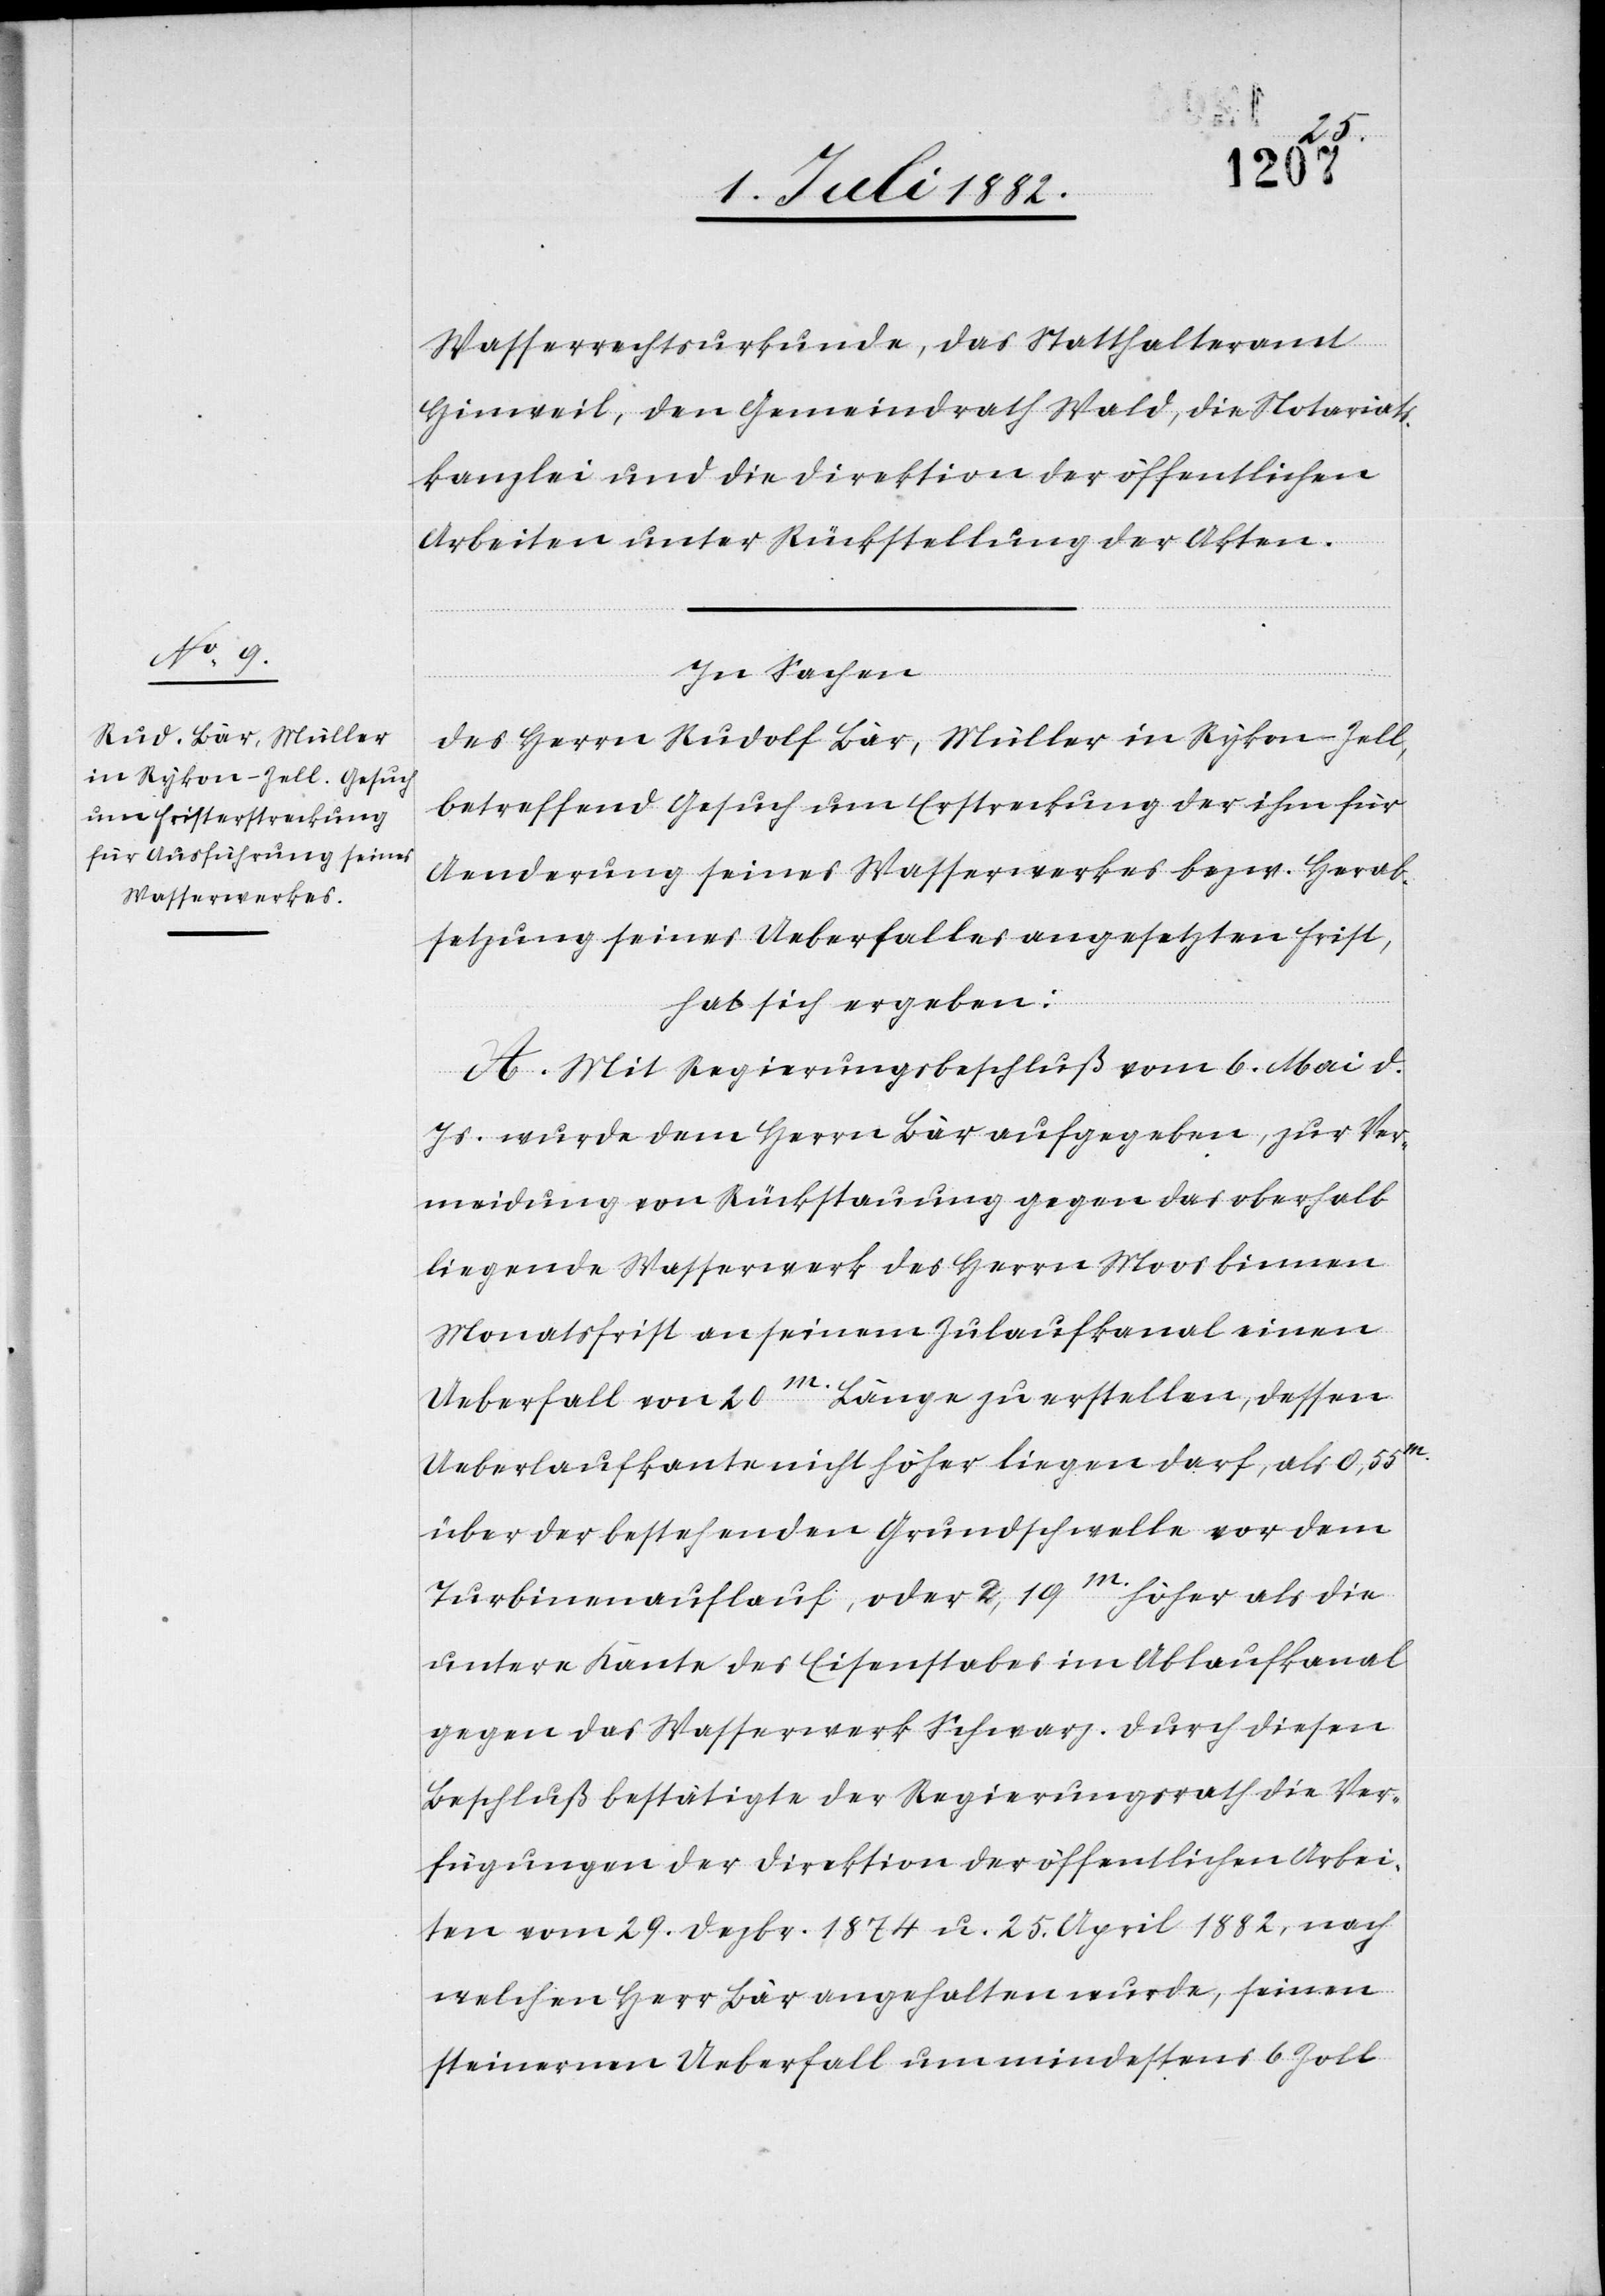
Wasserrechtsurkunde, das Statthalteramt
Hinweil, den Gemeindrath Wald, die Notariats¬
kanzlei und die Direktion der öffentlichen
Arbeiten unter Rücksendung der Akten.
In Sachen
des Herrn Rudolf Bär, Müller in Rykon - Zell,
betreffend Gesuch um Erstreckung der ihm für
Aenderung seines Wasserrechtes bezw. Herab¬
setzung seines Ueberfalles angesetzten Frist,
hat sich ergeben:
A. Mit Regierungsbeschluß vom 6. Mai d.
Js. wurde dem Herrn Bär aufgegeben, zur Ver¬
meidung von Rückstauungen gegen das oberhalb
liegende Wasserwerk des Herrn Moos binnen
Monatsfrist an seinem Zulaufkanal einen
Ueberfall von 20m. Länge zu erstellen, dessen
Ueberlaufkante nicht höher liegen darf, als 0,55m.
über der bestehenden Grundschwelle vor dem
Turbinenauflauf, oder 2,19m. höher als die
untere Kante des Eisenstabes im Ablaufkanal
gegen das Wasserwerk Schwarz. Durch diesen
Beschluß bestätigte der Regierungsrath die Ver¬
fügungen der Direktion der öffentlichen Arbei¬
ten vom 29. Dezbr. 1864 u. 25. April 1882, nach
welchen Herr Bär angehalten wurde, seinen
steinernen Ueberfall um mindestens 6 Zoll